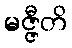
မဇ္ဇီတိ